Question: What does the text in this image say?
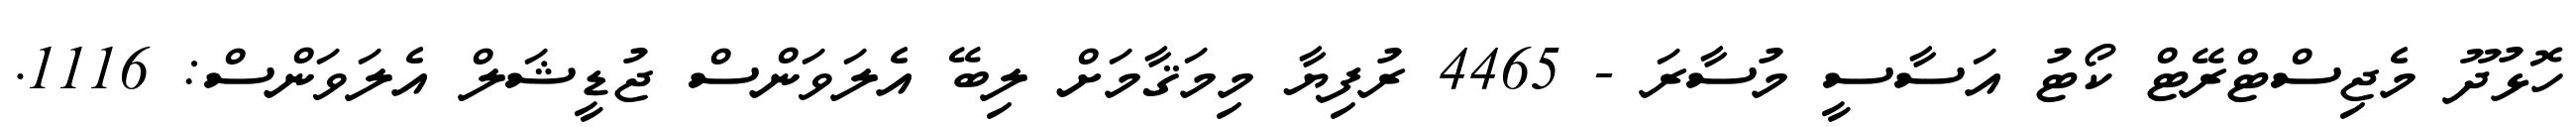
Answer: ހޮޅުދޫ މެޖިސްޓްރޭޓް ކޯޓު އަސާސީ މުސާރަ - 4465 ރުފިޔާ މިމަޤާމަށް ލިބޭ އެލަވަންސް ޖުޑީޝަލް އެލަވަންސް: 1116.